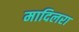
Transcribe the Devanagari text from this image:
मादिलरा